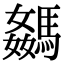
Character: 𩤦